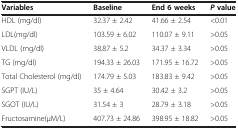
| Variables | Baseline | End 6 weeks | Pvalue |
 | --- | --- | --- | --- |
 | HDL (mg/dl) | 32.37 ± 2.42 | 41.66 ± 2.54 | <0.01 |
 | LDL(mg/dl) | 103.59 ± 6.02 | 110.07 ± 9.11 | >0.05 |
 | VLDL (mg/dl) | 38.87 ± 5.2 | 34.37 ± 3.34 | >0.05 |
 | TG (mg/dl) | 194.33 ± 26.03 | 171.95 ± 16.72 | >0.05 |
 | Total Cholesterol (mg/dl) | 174.79 ± 5.03 | 183.83 ± 9.42 | >0.05 |
 | SGPT (IU/L) | 35 ± 4.64 | 30.42 ± 3.2 | >0.05 |
 | SGOT (IU/L) | 31.54 ± 3 | 28.79 ± 3.18 | >0.05 |
 | Fructosamine(μM/L) | 407.73 ± 24.86 | 398.95 ± 18.82 | >0.05 |